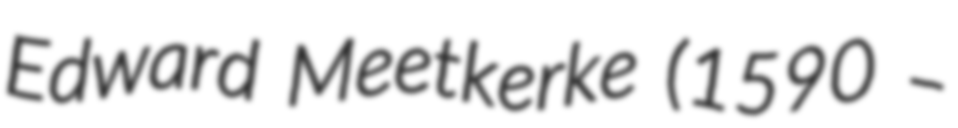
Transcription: Edward Meetkerke (1590 –